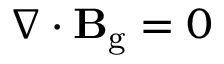
\nabla \cdot \mathbf { B } _ { \mathrm { g } } = 0